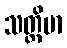
သတ္တိမာ